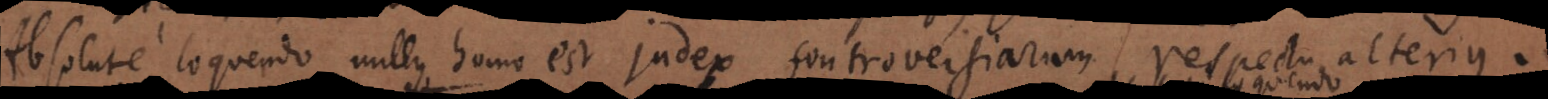
Absolute loquendo nullus homo est judex controversiarum respectu alterius.